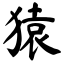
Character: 猿